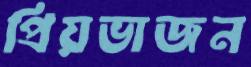
প্রিয়ভাজন